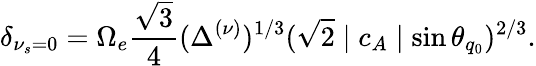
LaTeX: \delta_{\nu_{s}=0}=\Omega_{e}\frac{\sqrt{3}}{4}(\Delta^{(\nu)})^{1/3}(\sqrt{2}\mid c_{A}\mid\sin\theta_{q_{0}})^{2/3}.